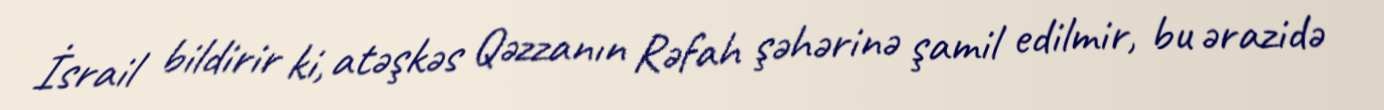
İsrail bildirir ki, atəşkəs Qəzzanın Rəfah şəhərinə şamil edilmir, bu ərazidə